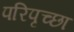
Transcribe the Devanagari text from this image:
परिपृच्छा